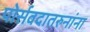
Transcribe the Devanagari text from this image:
पोर्सवदातरुनांना